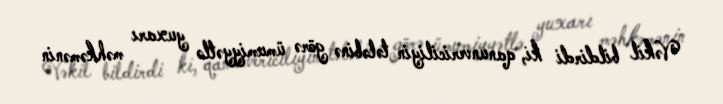
Vəkil bildirdi ki, qanunvericiliyin tələbinə görə ümumiyyətlə yuxarı məhkəmənin